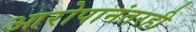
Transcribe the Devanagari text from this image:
आरोपानंतरही